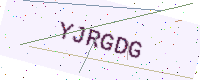
Text: YJRGDG